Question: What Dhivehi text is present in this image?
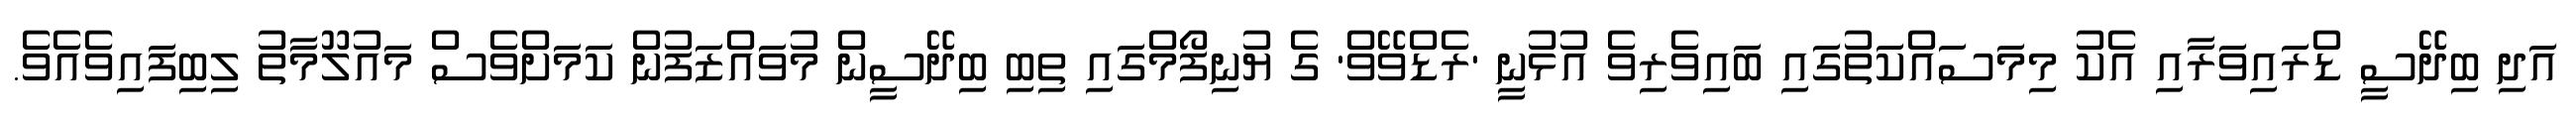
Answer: އަދި ބިދޭސީ ޑްރައިވަރާއި އެކު މިމަސައްކަތުގައި ބައިވެރިވެ އުޅުނީ 'ރެޑްވޭވް' ގެ ޔުނިފޯމްގައި ތިބި ބިދޭސީން މުވައްޒަފުން ކަމަށްވެސް މައުލޫމާތު ލިބިފައިވެއެވެ.